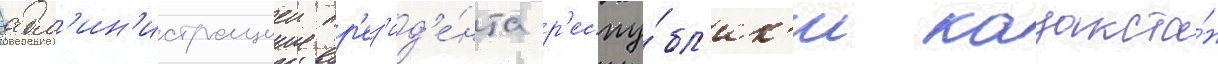
адм'ин'истрациеи пр'ез'ид'е́нта р'еспу́бл'ик'и казахста́н